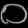
Digit: ၀